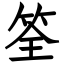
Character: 筌